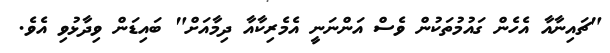
"ޗައިނާއާ އެހެން ގައުމުތަކުން ވެސް އަންނަނީ އެމެރިކާއާ ދިމާއަށް" ބައިޑަން ވިދާޅުވި އެވެ.